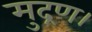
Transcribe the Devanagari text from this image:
मुद्रण।